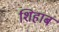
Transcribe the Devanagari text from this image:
शिहाब